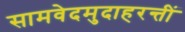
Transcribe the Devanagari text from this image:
सामवेदमुदाहरन्तीं